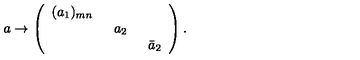
a \to \left( \begin{array} { c c c } { ( a _ { 1 } ) _ { m n } \enskip } & { } & { } \\ { } & { a _ { 2 } \enskip } & { } \\ { } & { } & { \bar { a } _ { 2 } } \\ \end{array} \right) .